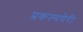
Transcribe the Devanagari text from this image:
प्रकल्पपेरी